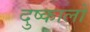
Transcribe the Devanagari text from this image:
दुष्कालों